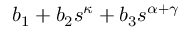
b _ { 1 } + b _ { 2 } s ^ { \kappa } + b _ { 3 } s ^ { \alpha + \gamma }